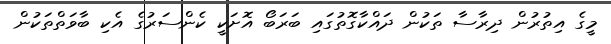
މީގެ އިތުރުން ދިރާސާ ތަކުން ދައްކާގޮތުގައި ބަރަބޯ އޮށަކީ ކެންސަރުގެ އެކި ބާވަތްތަކުން